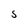
Character: 5